Medical and sanitary report on the native army of Bombay for the year
Year: 1879
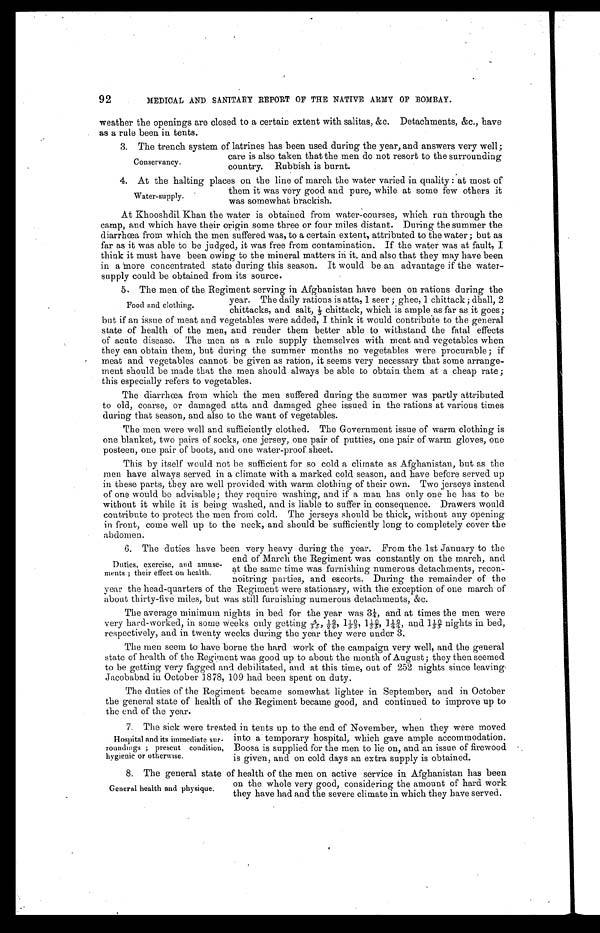
92
MEDICAL AND SANITARY REPORT OF THE NATIVE ARMY OF BOMBAY.
weather the openings are closed to a certain extent with salitas, &c. Detachments, &c., have
as a rule been in tents.
3. The trench system of latrines has been used during the year, and answers very well;
care is also taken that the men do not resort to the surrounding
country. Rubbish is burnt.
4. At the halting places on the line of march the water varied in quality: at most of
them it was very good and pure, while at some few others it
was somewhat brackish.
At Khooshdil Khan the water is obtained from water-courses, which run through the
camp, and which have their origin some three or four miles distant. During the summer the
diarrhœa from which the men suffered was, to a certain extent, attributed to the water; but as
far as it was able to be judged, it was free from contamination. If the water was at fault, I
think it must have been owing to the mineral matters in it. and also that they may have been
in a more concentrated state during this season. It would be an advantage if' the water-
supply could be obtained from its source.
5. The men of the Regiment serving in Afghanistan have been on rations during the
year. The daily rations is atta, 1 seer; ghee, 1 chittack; dhall, 2
chittacks, and salt,⅓ chittack, which is ample as far as it goes;
but if an issue of meat and vegetables were added, I think it would contribute to the general
state of health of the men, and render them better able to withstand the fatal effects
of acute disease. The men as a rule supply themselves with meat and vegetables when
they can obtain them, but during the summer months no vegetables were procurable; if
meat and vegetables cannot be given as ration, it seems very necessary that some arrange
-ment should be made that the men should always be able to obtain them at a cheap rate;
this especially refers to vegetables.
The diarrhœa from which the men suffered during the summer was partly attributed
to old, coarse, or damaged atta and damaged ghee issued in the rations at various times
during that season, and also to the want of vegetables.
The men were well and sufficiently clothed. The Government issue of warm clothing is
one blanket, two pairs of socks, one jersey, one pair of putties, one pair of warm gloves, one
posteen, one pair of boots, and one water-proof sheet.
This by itself would not be sufficient for so cold a climate as Afghanistan, but as the
men have always served in a climate with a marked cold season, and have before served up
in these parts, they are well provided with warm clothing of their own. Two jerseys instead
of one would be advisable; they require washing, and if a man has only one he has to be
without it while it is being washed, and is liable to suffer in consequence. Drawers would
contribute to protect the men from cold. The jerseys should be thick, without any opening
in front, come well up to the neck, and should be sufficiently long to completely cover the
abdomen.
6. The duties have been very heavy during the year. From the 1st January to the
end of March the Regiment was constantly on the march, and
at the same time was furnishing numerous detachments, recon
-noitring parties, and escorts. During the remainder of the
year the head-quarters of the Regiment were stationary, with the exception of one march of
about thirty-five miles, but was still furnishing numerous detachments, &c.
The average minimum nights in bed for the year was 3¼, and at times the men were
very hard-worked, i n some weeks onl y get t i ng 4/ 55, ½ 9/ 6, 11/ 5 0/ 5, 11/ 5 0/ 5, 11/ 4 9/ 4, and 11/ 5 0/ 5 ni ght s i n bed,
respectively, and in twenty weeks during the year they were under 3.
The men seem to have borne the hard work of the campaign very well, and the general
state of health of the Regiment was good up to about the month of August; they then seemed
to be getting very fagged and debilitated, and at this time, out of 252 nights since leaving
Jacobabad in October 1878, 109 had been spent on duty.
The duties of the Regiment became somewhat lighter in September, and in October
the general state of health of the Regiment became good, and continued to improve up to
the end of the year.
7. The sick were treated in tents up to the end of November, when they were moved
into a temporary hospital, which gave ample accommodation.
Boosa is supplied for the men to lie on, and an issue of firewood
is given, and on cold days an extra supply is obtained.
8. The general state of health of the men on active service in Afghanistan has been
on the whole very good, considering the amount of hard work
they have had and the severe climate in which they have served.
Conservancy.
Water-supply.
Food and clothing.
Duties, exercise, and amuse
-ments; their effect on health.
Hospital and its immediate sur
- r o u n d i n g s ; p r e s e n t c o n d i t i o n ,
hygienic or otherwise.
General health and physique.